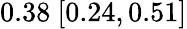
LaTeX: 0.38\ [0.24,0.51]